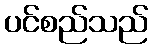
ပင်စည်သည်